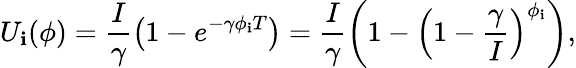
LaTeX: U_{\mathbf{i}}(\phi)=\frac{{I}}{{\gamma}}\left(1-e^{-\gamma\phi_{\mathbf{i}}T}\right)=\frac{{I}}{{\gamma}}\left(1-\left(1-\frac{{\gamma}}{{I}}\right)^{\phi_{\mathbf{i}}}\right),